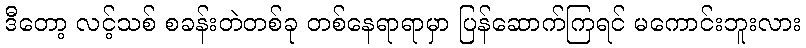
ဒီတော့ လင့်သစ် စခန်းတဲတစ်ခု တစ်နေရာရာမှာ ပြန်ဆောက်ကြရင် မကောင်းဘူးလား